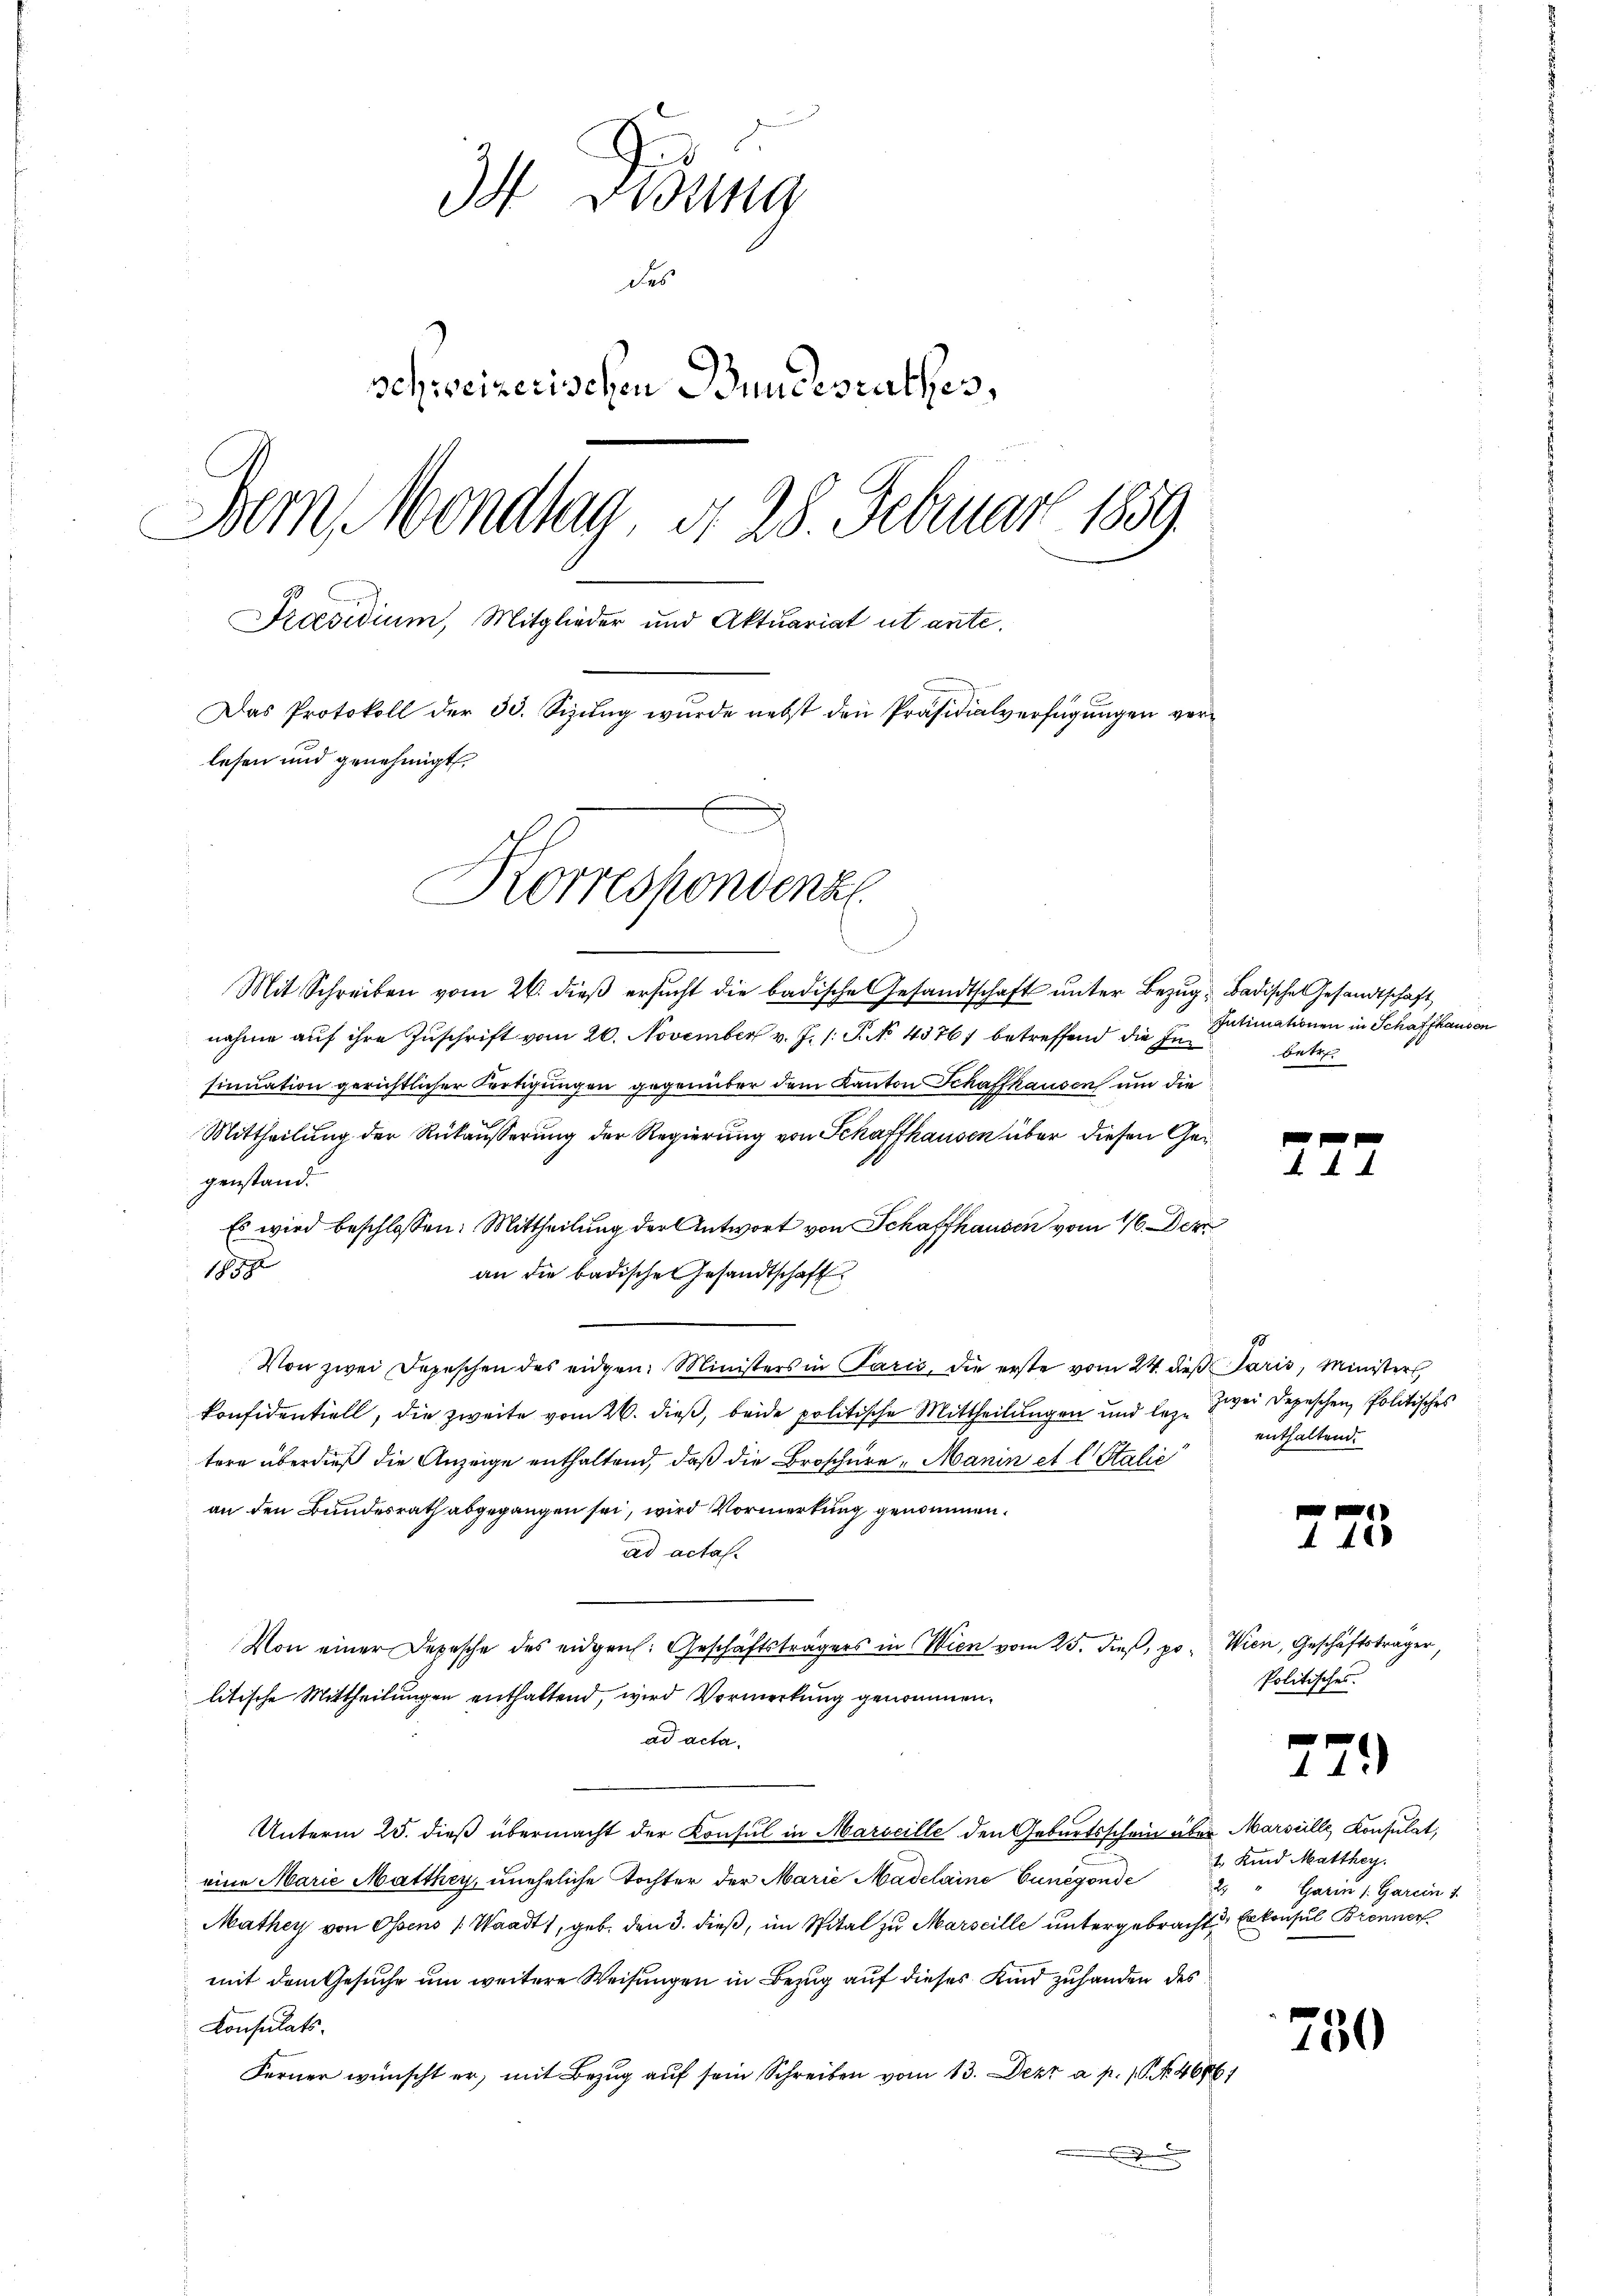
4 Didung
des
schweizerischen Bundesrathes,
Dem Mondlag, d. 28. Februar 1859.
Praesidium, Mitglieder und Aktuariat ut ante.
Das Protokoll der 30. Sizung wurde nebst den Präsidialverfügungen verlesen und genehmigt.
Korrespondenz

Mit Schreiben vom 26. dieß ersucht die badische Gesandtschaft unter Bezug u Badische Gesandtschaft
nahme aŭf ihre Zuschrift vom 26. November v. J. /: P. No 4376 betreffend die In betr.
sinuation gerichtlicher Fertigungen gegenüber dem Kanton Schaffhausen und die
Mittheilŭng der Rükäŭsserung der Regierŭng von Schaffhausen über diesen Gegenstand.
Es wird beschlossen: Mittheilung der Antwort von Schaffhausen vom 16. Der
1890
an die badische Gesandtschaft
Von zwei Depeschen des eidgen. Ministers in Paris, die erste vom 24. dieß Paris, Ministers
konfidentiell, die zweite vom 26. dieß, beide politische Mittheilungen und lege zwei Depeschen Politisches
tere überdieß die Anzeige enthaltend, daß die Broschüre, Manin et l. Stalie
an den Bundesrath abgegangen sei, wird Vormerkung genommen.
ad actas.
Von einer Depesche des eidgen. Geschäftsträgers in Wien vom 25. dieß, po. Wien, Geschäftsträger,
litische Mittheilungen enthaltend, wird Vormerkung genommen.
ad acta.
Unterm 25. dieß übermacht der Konsul in Marseille den Geburtsschein über Marseille, Konsulat,
eine Marie Matthey, uneheliche Tochter der Marie Madelaine Cunegende
1
Mathey von Ossens (Waadt, geb. den 3. dieß, im Spital zu Marseille untergebrachte Erkonsul Brenner
mit dem Gesuche um weitere Weisungen in Bezug auf dieses Kind zuhanden des
Konsulats.
Ferner wünscht er, mit Bezŭg aŭf sein Schreiben vom 13. Dezt a. p. 1. No. 46861
.

Intimationen in Schaffhausen

f x
A 44

enthaltend.

e
4400

Politisches.

779

1. Kind Matthey
Garin /: Garein 1

750